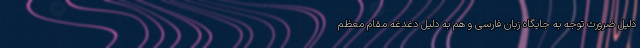
دلیل ضرورت توجه به جایگاه زبان فارسی و هم به دلیل دغدغه مقام معظم